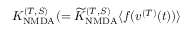
K _ { \mathrm { N M D A } } ^ { ( T , S ) } ( = { \widetilde K } _ { \mathrm { N M D A } } ^ { ( T , S ) } \langle f ( v ^ { ( T ) } ( t ) ) \rangle